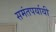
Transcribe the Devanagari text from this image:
समंतपर्यायी